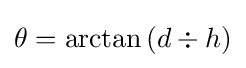
\theta =\arctan \left(d\div h\right)